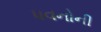
પવનોની